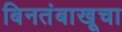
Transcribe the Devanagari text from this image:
बिनतंबाखूचा